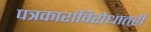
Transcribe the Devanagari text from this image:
पत्रकारांविरोधातही